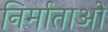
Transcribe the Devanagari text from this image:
निर्माताआें